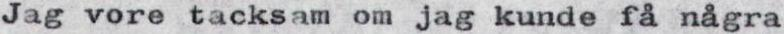
Jag vore tacksam om jag kunde få några